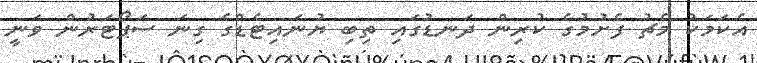
އެކަމަކު މެޗު ފެށުމުގެ ކުރިން ދަނޑުގައި ތިބި ޔުނައިޓެޑްގެ ގިނަ ސަޕޯޓަރުން ވަނީ